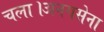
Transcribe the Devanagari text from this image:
चला।अनगसेना